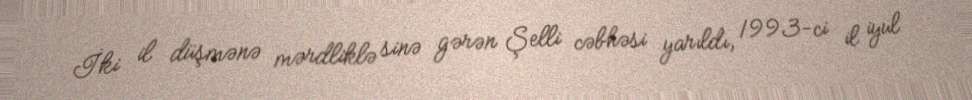
İki il düşmənə mərdliklə sinə gərən Şelli cəbhəsi yarıldı, 1993-ci il iyul